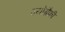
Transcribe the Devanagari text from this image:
ज्योग्रैफ़ी